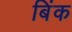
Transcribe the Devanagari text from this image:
बिंक